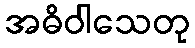
အဓိဝါသေတု